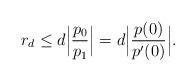
LaTeX: \begin{align*}r_d\le d\Big|\frac{p_0}{p_1}\Big|=d\Big|\frac{p(0)}{p'(0)}\Big|.\end{align*}